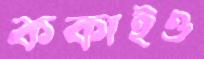
ককাইও